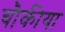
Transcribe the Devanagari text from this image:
चौकीया